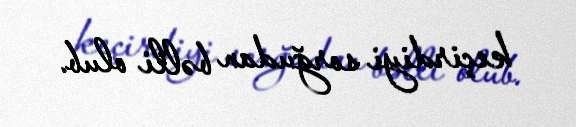
keçirdiyi sorğudan bəlli olub.